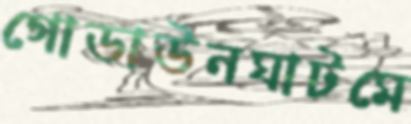
গোডাউনঘাটমে